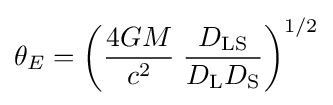
\theta _{E}=\left({\frac {4GM}{c^{2}}}\;{\frac {D_{\rm {LS}}}{D_{\rm {L}}D_{\rm {S}}}}\right)^{1/2}